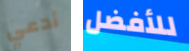
أدعي للأفضل